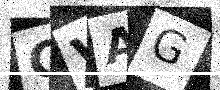
Text: GVAG